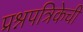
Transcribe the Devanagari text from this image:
प्रश्नपत्रिकेची